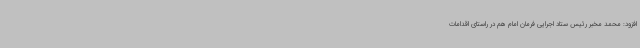
افزود: محمد مخبر رئیس ستاد اجرایی فرمان امام هم در راستای اقدامات